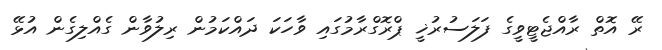
ރޭ އޮތް ރާއްޖެޓީވީގެ ފަލަސުރުޚީ ޕްރޮގްރާމުގައި ވާހަކަ ދައްކަމުން ރިލުވާން ގެއްލިގެން އުޅޭ